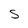
Character: s